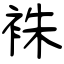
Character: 袾